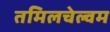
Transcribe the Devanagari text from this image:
तमिलचेल्वम